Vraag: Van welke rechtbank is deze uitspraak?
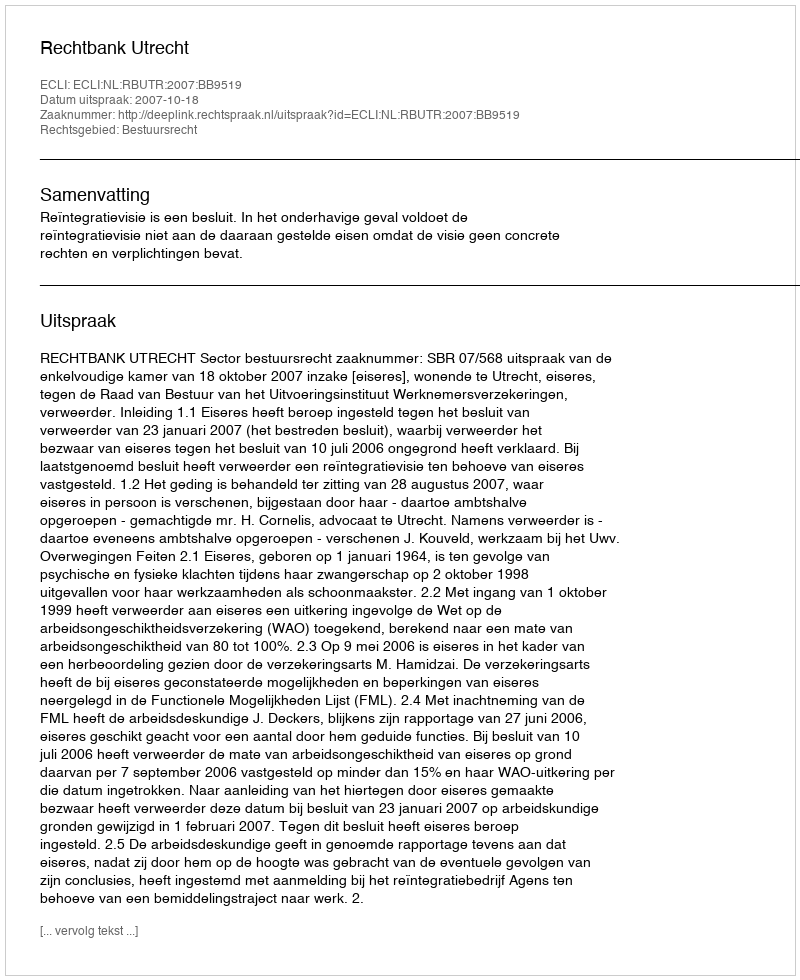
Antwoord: Rechtbank Utrecht